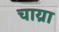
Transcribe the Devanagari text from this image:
चाय्रा